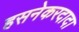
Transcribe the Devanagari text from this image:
हसनेकरदादा